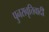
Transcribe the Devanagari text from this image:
पुनरावृत्तिवादी